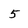
Character: 5